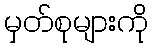
မှတ်စုများကို